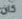
كان